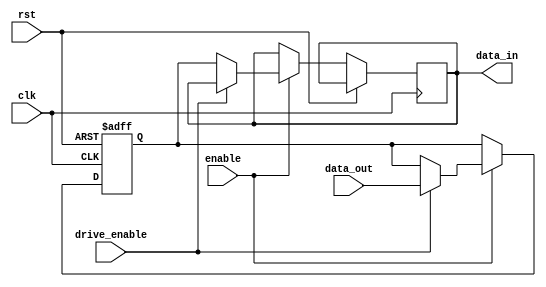
module differential_buffer (
input wire clk,
input wire rst,
input wire enable,
input wire drive_enable,
input wire [1:0] data_out,
output wire [1:0] data_in
);

reg [1:0] buffer;

always @ (posedge clk or posedge rst) begin
if (rst) begin
buffer <= 2'b00;
end else if (enable) begin
if (drive_enable) begin
buffer <= data_out;
end else begin
data_in <= buffer;
end
end
end

endmodule